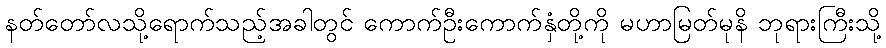
နတ်တော်လသို့ရောက်သည့်အခါတွင် ကောက်ဦးကောက်နှံတို့ကို မဟာမြတ်မုနိ ဘုရားကြီးသို့